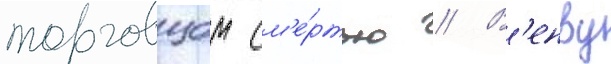
торговцом см'е́ртью // В'енву